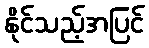
နိုင်သည့်အပြင်